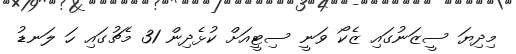
މިދިޔަ ސީޒަނުގައި ޒެކޯ ވަނީ ސިޓީއަށް ކުޅެދިން 31 މެޗުގައި ހަ ލަނޑު